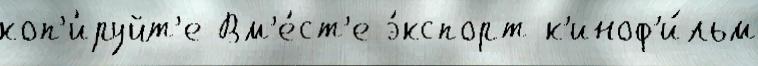
коп'и́руйт'е Вм'е́ст'е э́кспорт к'иноф'и́льм